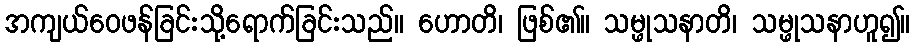
အကျယ်ဝေဖန်ခြင်းသို့ရောက်ခြင်းသည်။ ဟောတိ၊ ဖြစ်၏။ သမ္ဖုသနာတိ၊ သမ္ဖုသနာဟူ၍။